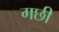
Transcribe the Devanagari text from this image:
गछी